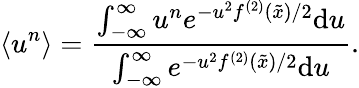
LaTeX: \langle u^{n}\rangle=\frac{\int_{-\infty}^{\infty}u^{n}e^{-u^{2}f^{(2)}(\tilde{x})/2}\mathrm{d}u}{\int_{-\infty}^{\infty}e^{-u^{2}f^{(2)}(\tilde{x})/2}\mathrm{d}u}.